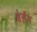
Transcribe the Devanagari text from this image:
बंर्तन